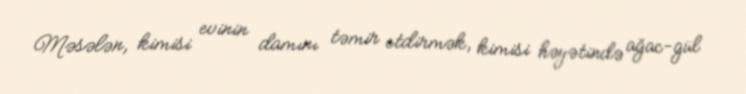
Məsələn, kimisi evinin damını təmir etdirmək, kimisi həyətində ağac-gül